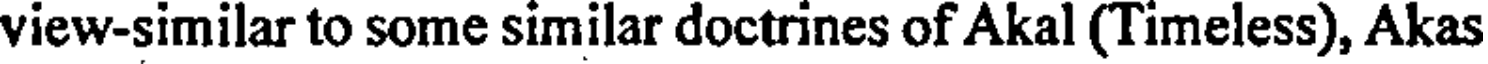
view-similar to some similar doctrines of Akal (Timeless), Akas